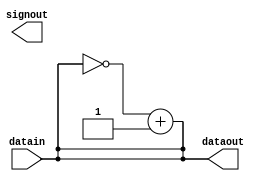
module changesign(datain,dataout,signout);
input [31:0]datain;
output [31:0]dataout;
output signout;
reg [31:0]dataout;
reg signout;

always @(datain[31] == 0)
    begin
    dataout = datain;
    sign = 0;
    end
    
always @(datain[31] == 0)
    begin
    dataout = (~datain) + 1;
    sign = 1;
    end
endmodule